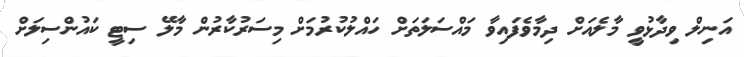
އަނިލް ވިދާޅުވީ މާލެއަށް ދިމާވެފައިވާ މައްސަލަތަށް ހައްލުކުރުމަށް މިސަރުކާރުން މާލޭ ސިޓީ ކައުންސިލަށް